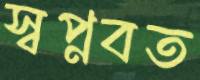
স্বপ্নবত